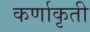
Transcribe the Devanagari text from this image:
कर्णाकृती